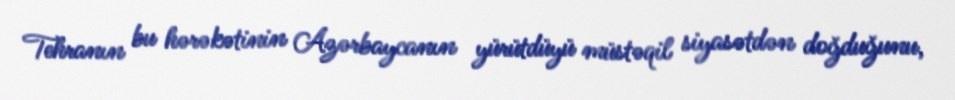
Tehranın bu hərəkətinin Azərbaycanın yürütdüyü müstəqil siyasətdən doğduğunu,